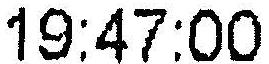
19:47:00